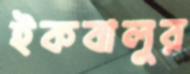
ইকবালুর